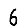
Digit: 6